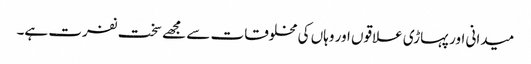
میدانی اور پہاڑی علاقوں اور وہاں کی مخلوقات سے مجھے سخت نفرت ہے۔